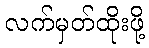
လက်မှတ်ထိုးဖို့